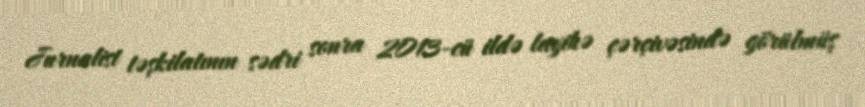
Jurnalist təşkilatının sədri sonra 2013-cü ildə layihə çərçivəsində görülmüş